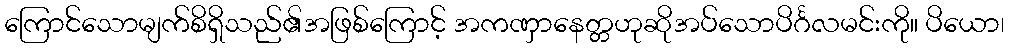
ကြောင်သောမျက်စိရှိသည်၏အဖြစ်ကြောင့် အကဏှာနေတ္တဟုဆိုအပ်သောပိင်္ဂလမင်းကို။ ပိယော၊